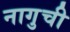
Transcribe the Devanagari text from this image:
नागुची